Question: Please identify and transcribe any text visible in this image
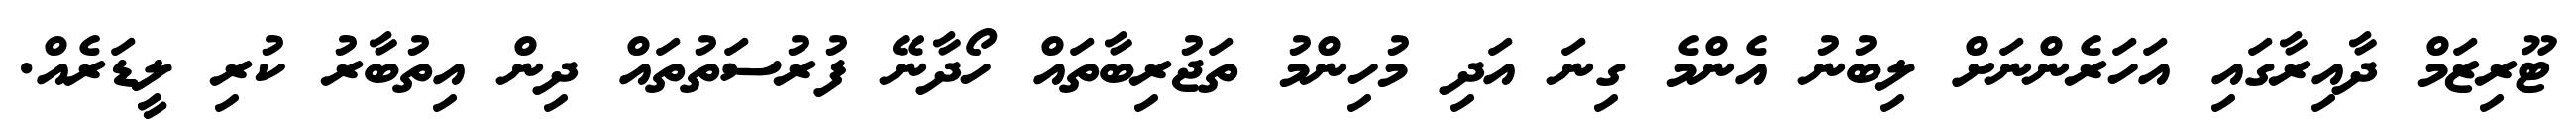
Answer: ޓޫރިޒަމް ދާއިރާގައި އަހަރެންނަށް ލިބުނު އެންމެ ގިނަ އަދި މުހިންމު ތަޖުރިބާތައް ހޯދާނޭ ފުރުސަތުތައް ދިން އިތުބާރު ކުރި ލީޑަރެއް.